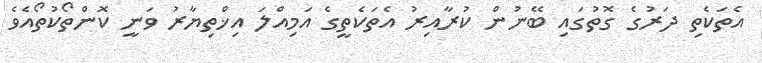
އެތަކެތި ދަރުގެ ގޮތުގައި ބޭނުން ކުރާއިރު އެތަކެތީގެ އަމިއްލަ އިޚްތިޔާރު ވަނީ ކޮންތޯކުތޯއެވެ